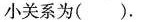
小关系为( ).